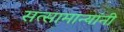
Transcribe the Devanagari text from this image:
सत्सामान्यांनी